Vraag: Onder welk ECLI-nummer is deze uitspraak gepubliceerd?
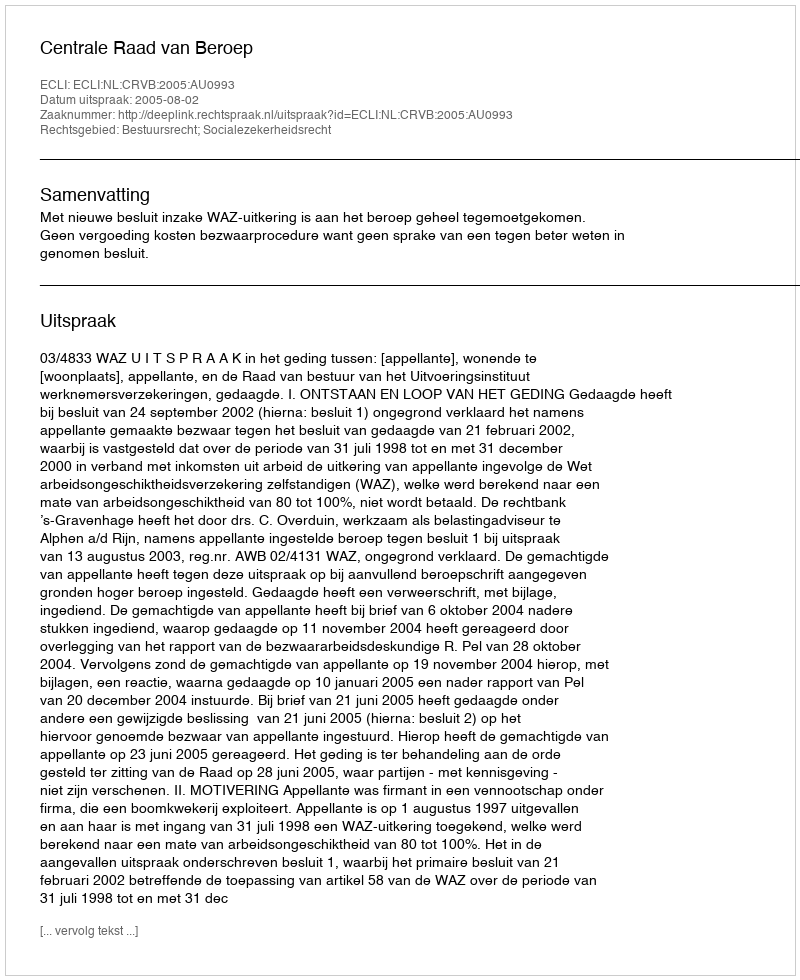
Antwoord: ECLI:NL:CRVB:2005:AU0993